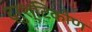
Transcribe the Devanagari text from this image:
द्रुश्टिकोण